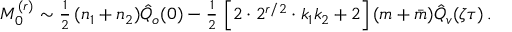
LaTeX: { \cal M } _ { 0 } ^ { ( r ) } \sim { \textstyle { \frac { 1 } { 2 } } } \, ( n _ { 1 } + n _ { 2 } ) \hat { Q } _ { o } ( 0 ) - { \textstyle { \frac { 1 } { 2 } } } \, \left[ 2 \cdot 2 ^ { r / 2 } \cdot k _ { 1 } k _ { 2 } + 2 \right] ( m + \bar { m } ) \hat { Q } _ { v } ( \zeta \tau ) \, .